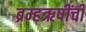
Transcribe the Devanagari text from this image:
ब्रम्हऋषींची